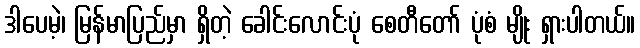
ဒါပေမဲ့၊ မြန်မာပြည်မှာ ရှိတဲ့ ခေါင်းလောင်းပုံ စေတီတော် ပုံစံ မျိုး ရှားပါတယ်။